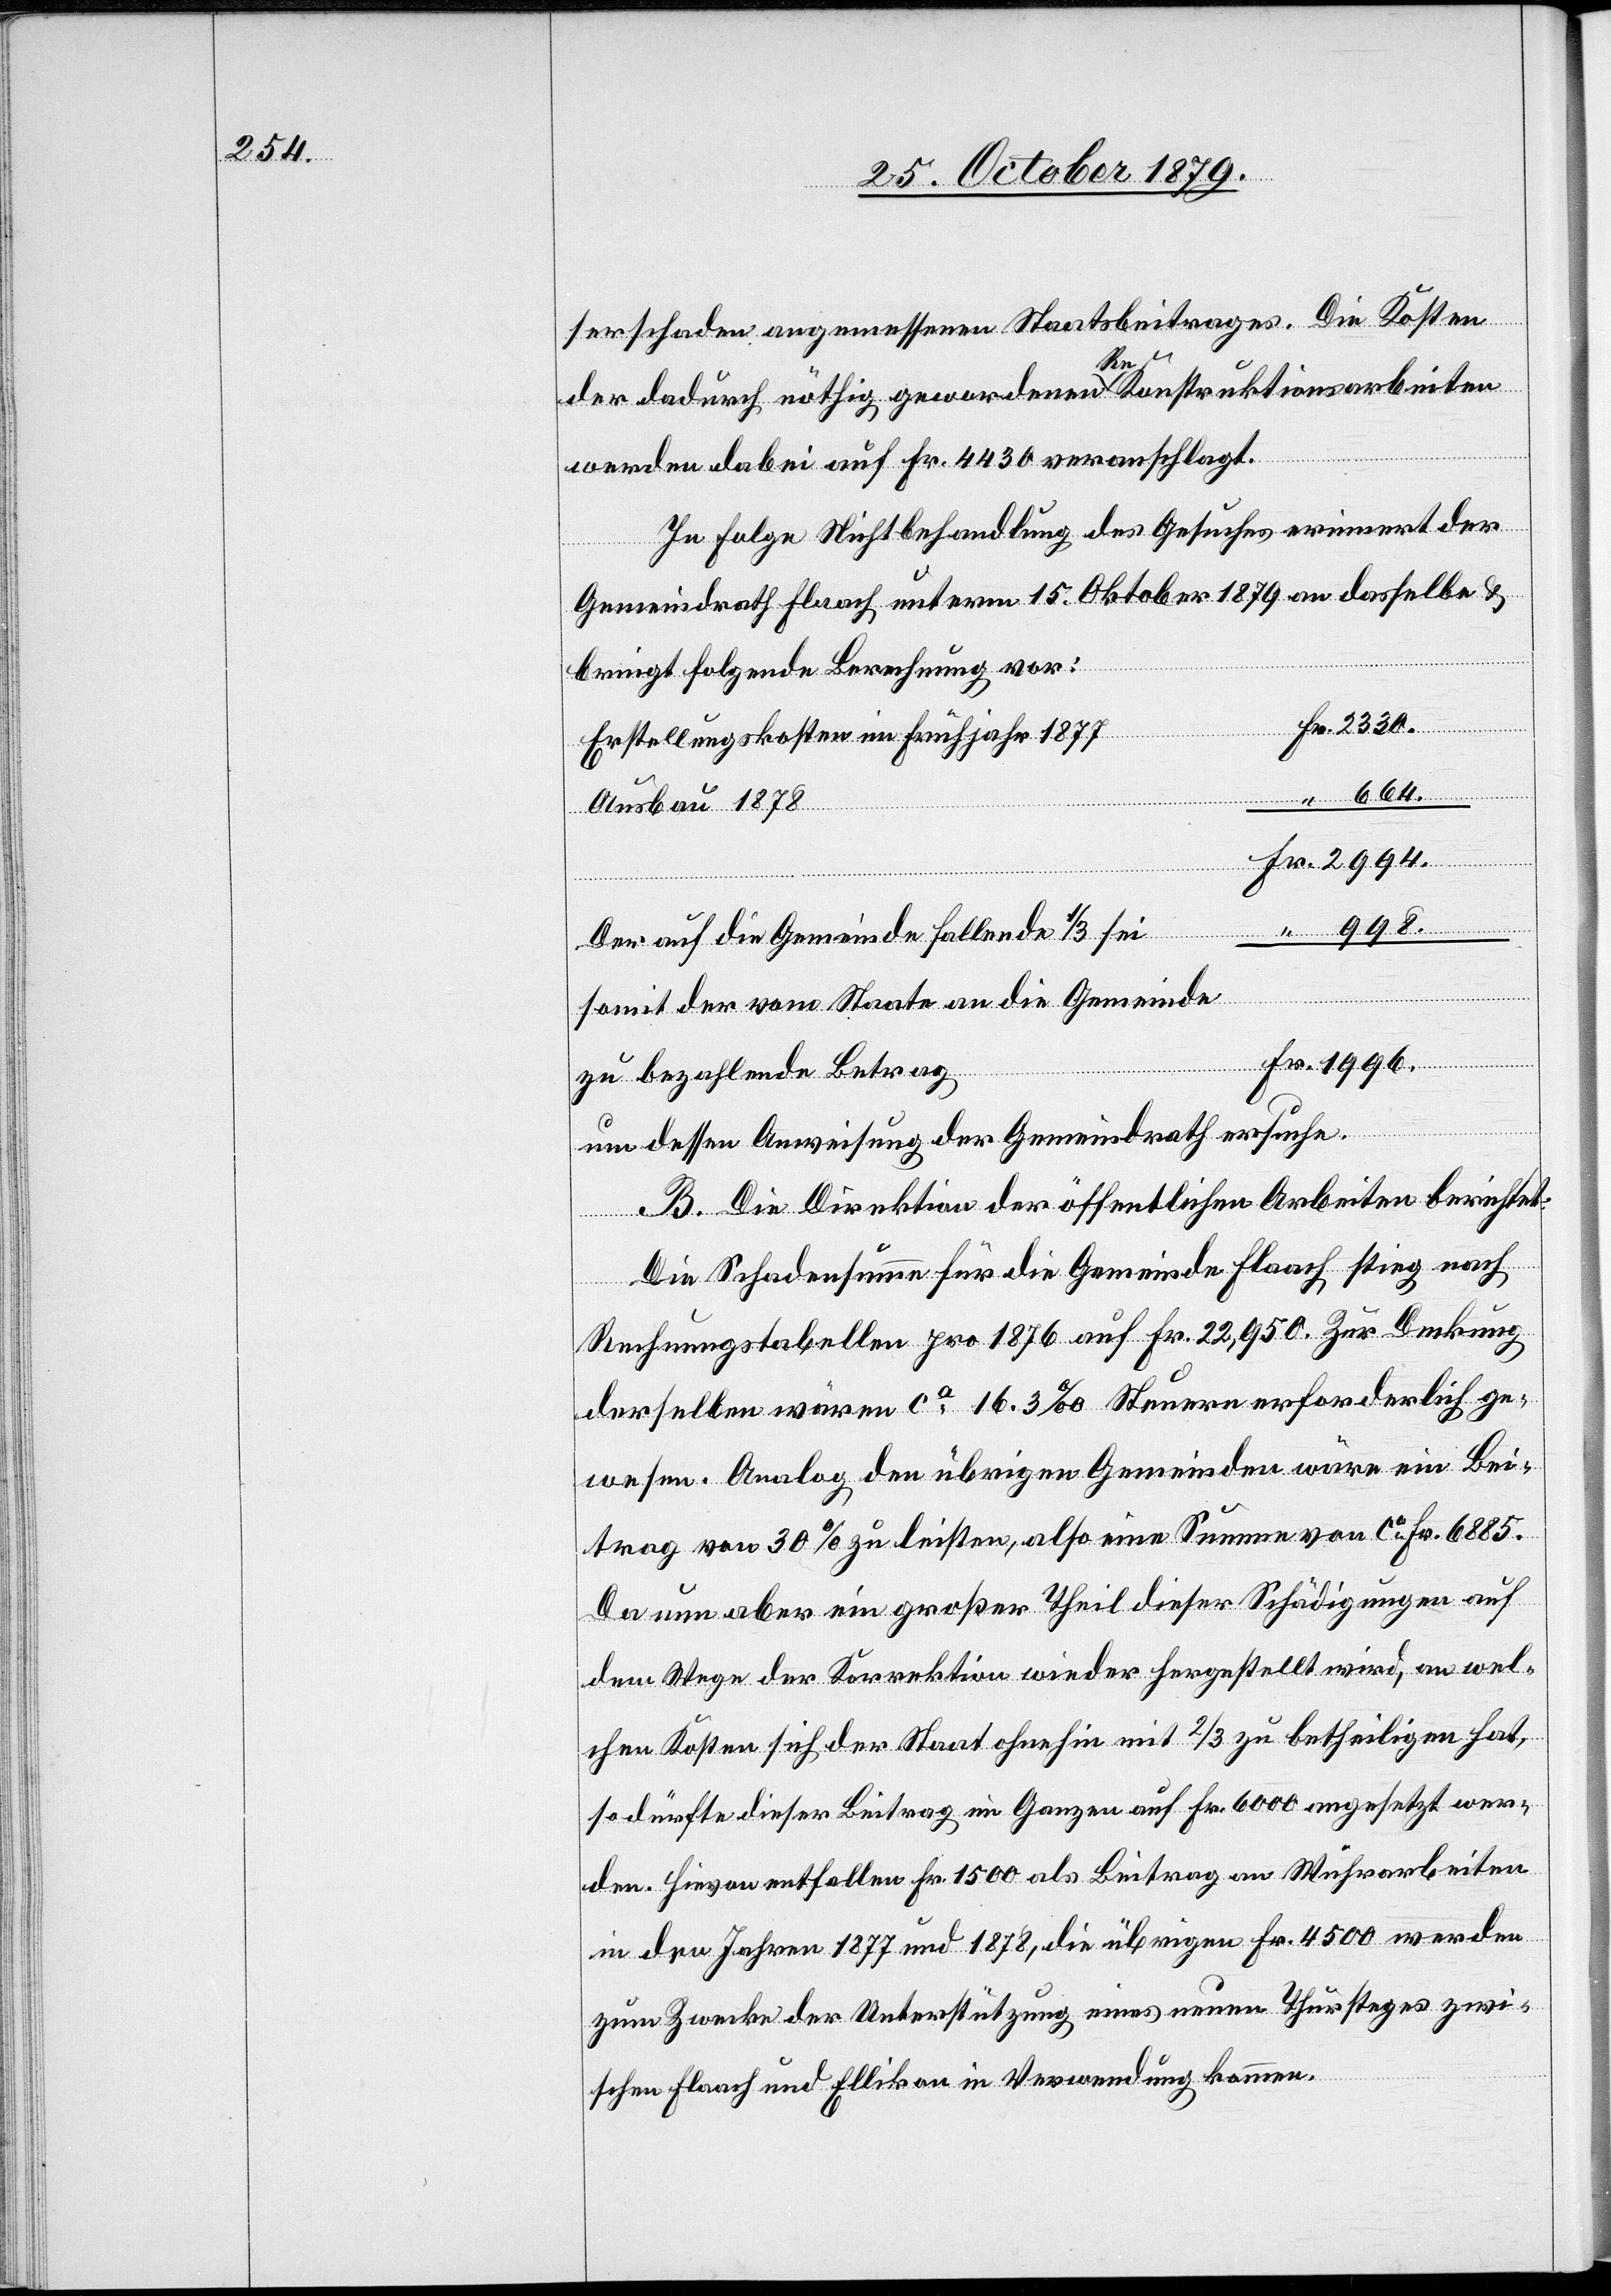
2994.

serschaden angemessenen Staatsbeitrages. Die Kosten
der dadurch nöthig gewordenen Rekonstruktionsarbeiten
werden dabei auf Fr. 4430 veranschlagt.
In Folge Nichtbehandlung des Gesuches erinnert der
Gemeindrath Flaach unterm 15. Oktober 1879 an dasselbe &
bringt folgende Berechnung vor:
“
Erstellungskosten im Frühjahr 1877
Ausbau 1878
Fr.
Der an die Gemeinde fallende 1/3 sei
somit der vom Staate an die Gemeinde
eiten
zu bezahlende Betrag
um dessen Anweisung der Gemeindrath ersuche.
B. Die Direktion der öffentlichen Arbeiten berichtet:
Die Schadensumme für die Gemeinde Flaach stieg nach
Wuhrarb¬
Rechnungstabellen pro 1876 auf Fr. 22,950. Zur Deckung
derselben wären ca 16.3 % Steuern erforderlich ge¬
wesen. Analog den übrigen Gemeinden wäre ein Bei¬
trag von 30 % zu leisten, also eine Summe von ca Fr. 6885.
Da nun aber ein großer Theil dieser Schädigung auf
dem Wege der Korrektion wieder hergestellt wird, an wel¬
chen Kosten sich der Staat ohnehin mit 2/3 zu betheiligen hat,
so dürfte dieser Beitrag im Ganzen auf Fr. 1500 als Beitr¬
in den Jahren 1877 und 1878, die übrigen Fr. 4500 werden
zum Zwecke der Unterstützung eines neuen Thursteges zwi¬
schen Flaach und Ellikon in Verwendung kommen.